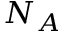
N _ { A }